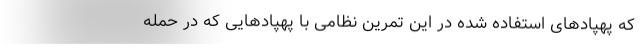
که پهپاد‌های استفاده شده در این تمرین نظامی با پهپادهایی که در حمله